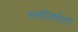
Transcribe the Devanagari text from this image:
गननिर्माता